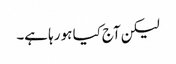
لیکن آج کیا ہو رہا ہے۔